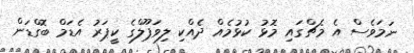
ނަމަވެސް އެ މެޗްގައި މޮޅު ކުޅުމެއް ދެއްކި ލިވަޕޫލްގެ ކީޕަރު އެޑަމް ބޮގްޑަން